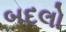
બદલો